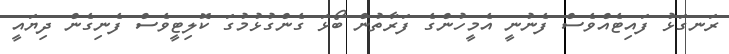
ރަނގަޅު ފައިޓެއްވެސް ފެނުނީ އެމީހުންގެ ފަރާތުން ބޯޅަ ގެންގުޅުމުގަ ކޮލިޓީވެސް ފެނިގެން ދިޔައީ